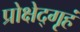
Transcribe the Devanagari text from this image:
प्रोक्षेद्गृहं